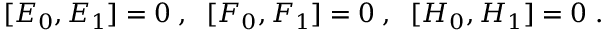
\, \, [ E _ { 0 } , E _ { 1 } ] = 0 \; , \; \; [ F _ { 0 } , F _ { 1 } ] = 0 \; , \; \; [ H _ { 0 } , H _ { 1 } ] = 0 \; .